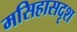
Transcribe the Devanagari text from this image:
मसिहासदृश